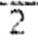
2